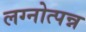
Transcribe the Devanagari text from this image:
लग्नोत्पन्न